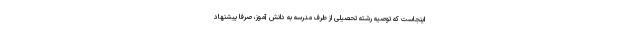
اینجاست که توصیه رشته تحصیلی از طرف مدرسه به دانش آموز، صرفاً پیشنهاد